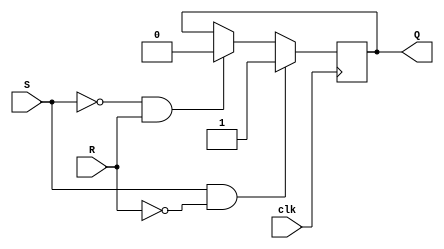
module gated_sr_ff (
    input S,
    input R,
    input clk,
    output reg Q
);

reg Q_temp;

always @(posedge clk) begin
    if (S & !R) begin
        Q_temp <= 1;
    end else if (!S & R) begin
        Q_temp <= 0;
    end else if (!S & !R) begin
        Q_temp <= Q;
    end
end

assign Q = Q_temp;

endmodule